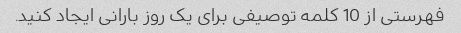
فهرستی از 10 کلمه توصیفی برای یک روز بارانی ایجاد کنید.